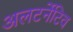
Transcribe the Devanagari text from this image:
अलटर्नेटिव